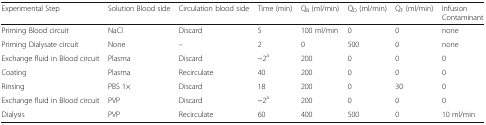
<table><thead><tr><td><b>Experimental Step</b></td><td><b>Solution Blood side</b></td><td><b>Circulation blood side</b></td><td><b>Time (min)</b></td><td><b>Q<sub>B</sub> (ml/min)</b></td><td><b>Q<sub>D</sub> (ml/min)</b></td><td><b>Q<sub>F</sub> (ml/min)</b></td><td><b>Infusion Contaminant</b></td></tr></thead><tbody><tr><td>Priming Blood circuit</td><td>NaCl</td><td>Discard</td><td>5</td><td>100 ml/min</td><td>0</td><td>0</td><td>none</td></tr><tr><td>Priming Dialysate circuit</td><td>None</td><td>–</td><td>2</td><td>0</td><td>500</td><td>0</td><td>none</td></tr><tr><td>Exchange fluid in Blood circuit</td><td>Plasma</td><td>Discard</td><td>~2<sup>a</sup></td><td>200</td><td>0</td><td>0</td><td>0</td></tr><tr><td>Coating</td><td>Plasma</td><td>Recirculate</td><td>40</td><td>200</td><td>0</td><td>0</td><td>0</td></tr><tr><td>Rinsing</td><td>PBS 1×</td><td>Discard</td><td>18</td><td>200</td><td>0</td><td>30</td><td>0</td></tr><tr><td>Exchange fluid in Blood circuit</td><td>PVP</td><td>Discard</td><td>~2<sup>a</sup></td><td>200</td><td>0</td><td>0</td><td>0</td></tr><tr><td>Dialysis</td><td>PVP</td><td>Recirculate</td><td>60</td><td>400</td><td>500</td><td>0</td><td>10 ml/min</td></tr></tbody></table>